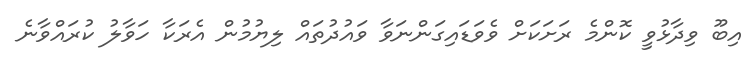
އިބޫ ވިދާޅުވީ ކޮންމެ ރަށަކަށް ވެވަޑައިގަންނަވާ ވައުދުތައް ލިޔުމުން އެރަކާ ހަވާލު ކުރައްވާނެ